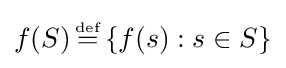
f(S)\,{\stackrel {\scriptscriptstyle {\text{def}}}{=}}\,\{f(s):s\in S\}